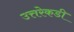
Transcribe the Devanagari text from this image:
उत्तरेकडी